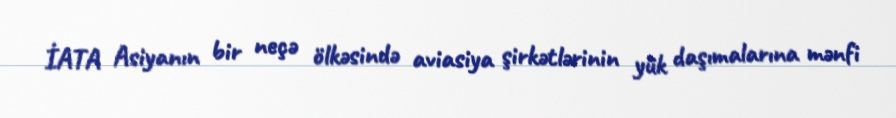
İATA Asiyanın bir neçə ölkəsində aviasiya şirkətlərinin yük daşımalarına mənfi